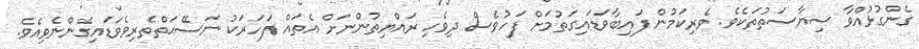
ގެންގުޅުއްވާ ސިޔާސަތުތަކެވެ. ވެރިކަމުން ފައިބާވަޑައިގަތުމަށް ފަހުވެސް ދިވެހި ރައްޔިތުންނަށް އެތައް ފަހަރަކު ނަސޭޙަތްތެރިވެވަޑައިގެންނެވިއެވެ.